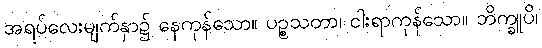
အရပ်လေးမျက်နှာ၌ နေကုန်သော။ ပဉ္စသတာ၊ ငါးရာကုန်သော။ ဘိက္ခူပိ၊